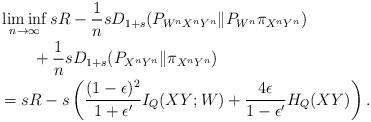
LaTeX: \begin{align*} & \liminf_{n\to\infty}sR-\frac{1}{n}sD_{1+s}(P_{W^{n}X^{n}Y^{n}}\|P_{W^{n}}\pi_{X^{n}Y^{n}}) \\ & \qquad+\frac{1}{n}sD_{1+s}(P_{X^{n}Y^{n}}\|\pi_{X^{n}Y^{n}}) \\ & =sR-s\left(\frac{(1-\epsilon)^{2}}{1+\epsilon'}I_{Q}(XY;W)+\frac{4\epsilon}{1-\epsilon'}H_{Q}(XY)\right).\end{align*}